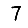
Digit: 7